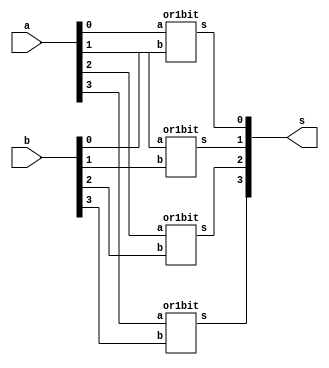
module or4bit(a,b,s);

	input	[3:0]a,b;
	output [3:0]s;

	or1bit or_u3(.a(a[3]), .b(b[3]), .s(s[3]));
	or1bit or_u2(.a(a[2]), .b(b[2]), .s(s[2]));
	or1bit or_u1(.a(a[1]), .b(b[1]), .s(s[1]));
	or1bit or_u0(.a(a[0]), .b(b[0]), .s(s[0]));

endmodule 

////////////   or1bit   /////////////////
module or1bit(a,b,s);

	input a,b;
	output s;

assign s = a | b;

endmodule